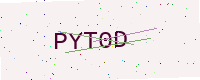
Text: PYT0D